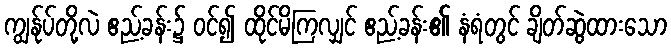
ကျွန်ုပ်တို့လဲ ဧည့်ခန်း၌ ဝင်၍ ထိုင်မိကြလျှင် ဧည့်ခန်း၏ နံရံတွင် ချိတ်ဆွဲထားသော